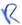
Text: R